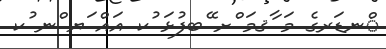
ްނޑަރގެ މަ ާޤމަ ްށ ޭބފުޅަ ުކ އައް ަޔ ްނ ުކ